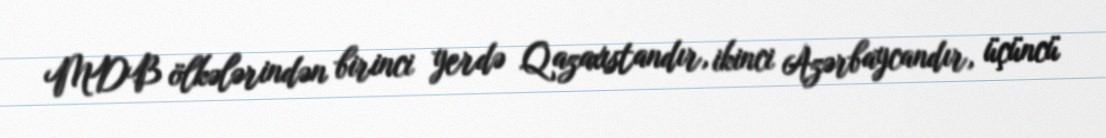
MDB ölkələrindən birinci yerdə Qazaxıstandır, ikinci Azərbaycandır, üçüncü